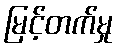
မြင့်တက်မှု